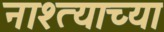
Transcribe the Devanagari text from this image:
नाश्त्याच्या